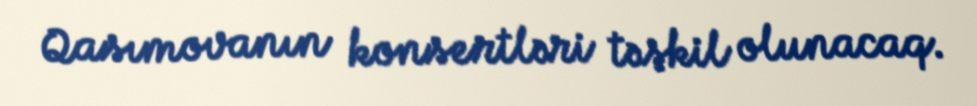
Qasımovanın konsertləri təşkil olunacaq.